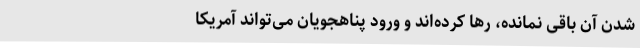
شدن آن باقی نمانده، رها کرده‌اند و ورود پناهجویان می‌تواند آمریکا